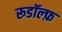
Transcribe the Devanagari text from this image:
रूडॉल्फ़